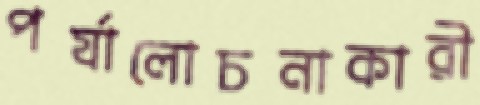
পর্যালোচনাকারী